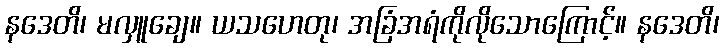
နဒေတိ၊ မလှူချေ။ ယသဟေတု၊ အခြံအရံကိုလိုသောကြောင့်။ နဒေတိ၊